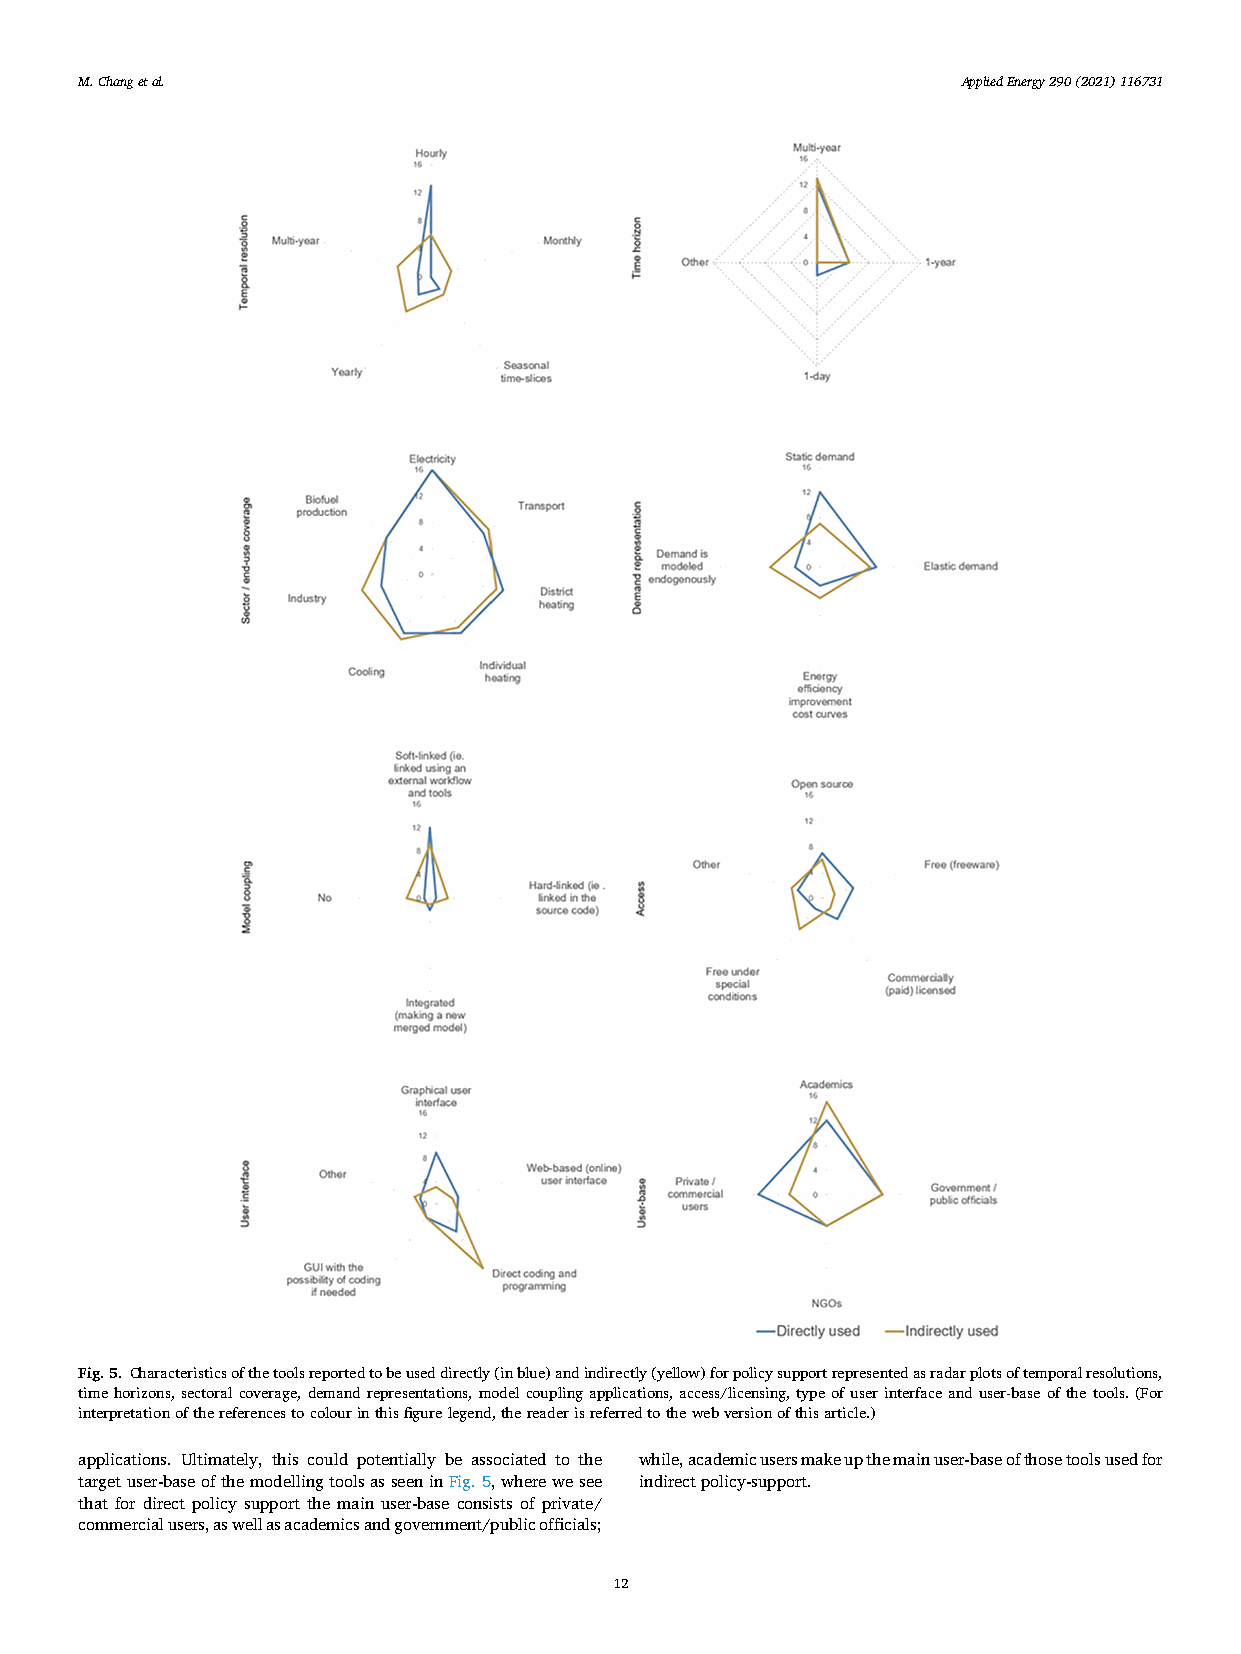
M. Chang et al.                                            A p p l i e d E n e r g y 290(2021)116731
 Fig. 5. Characteristics of the tools reported to be used directly (in blue) and indirectly (yellow) for policy support represented as radar plots of temporal resolutions,
 time horizons, sectoral coverage, demand representations, model coupling applications, access/licensing, type of user interface and user-base of the tools. (For
 interpretation of the references to colour in this figure legend, the reader is referred to the web version of this article.)
 applications. Ultimately, this could potentially be associated to the while, academic users make up the main user-base of those tools used for
 target user-base of the modelling tools as seen in Fig. 5, where we see indirect policy-support.
 that for direct policy support the main user-base consists of private/
 commercial users, as well as academics and government/public officials;
 12